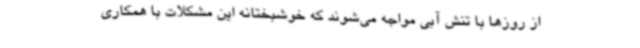
از روزها با تنش آبی مواجه می‌شوند که خوشبختانه این مشکلات با همکاری